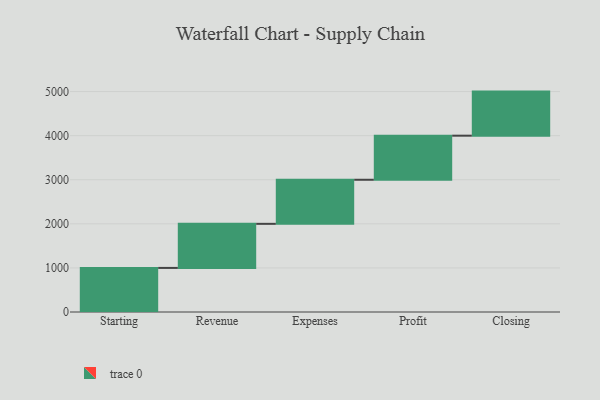
{"axis": {"x": "Step", "y": "Value"}, "legend": [""], "data": [{"x": "Starting", "y": 1000, "type": ""}, {"x": "Revenue", "y": 1000, "type": ""}, {"x": "Expenses", "y": 1000, "type": ""}, {"x": "Profit", "y": 1000, "type": ""}, {"x": "Closing", "y": 1000, "type": ""}]}